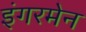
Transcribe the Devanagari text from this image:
इंगरमेन